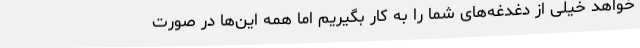
خواهد خیلی از دغدغه‌های شما را به کار بگیریم اما همه این‌ها در صورت